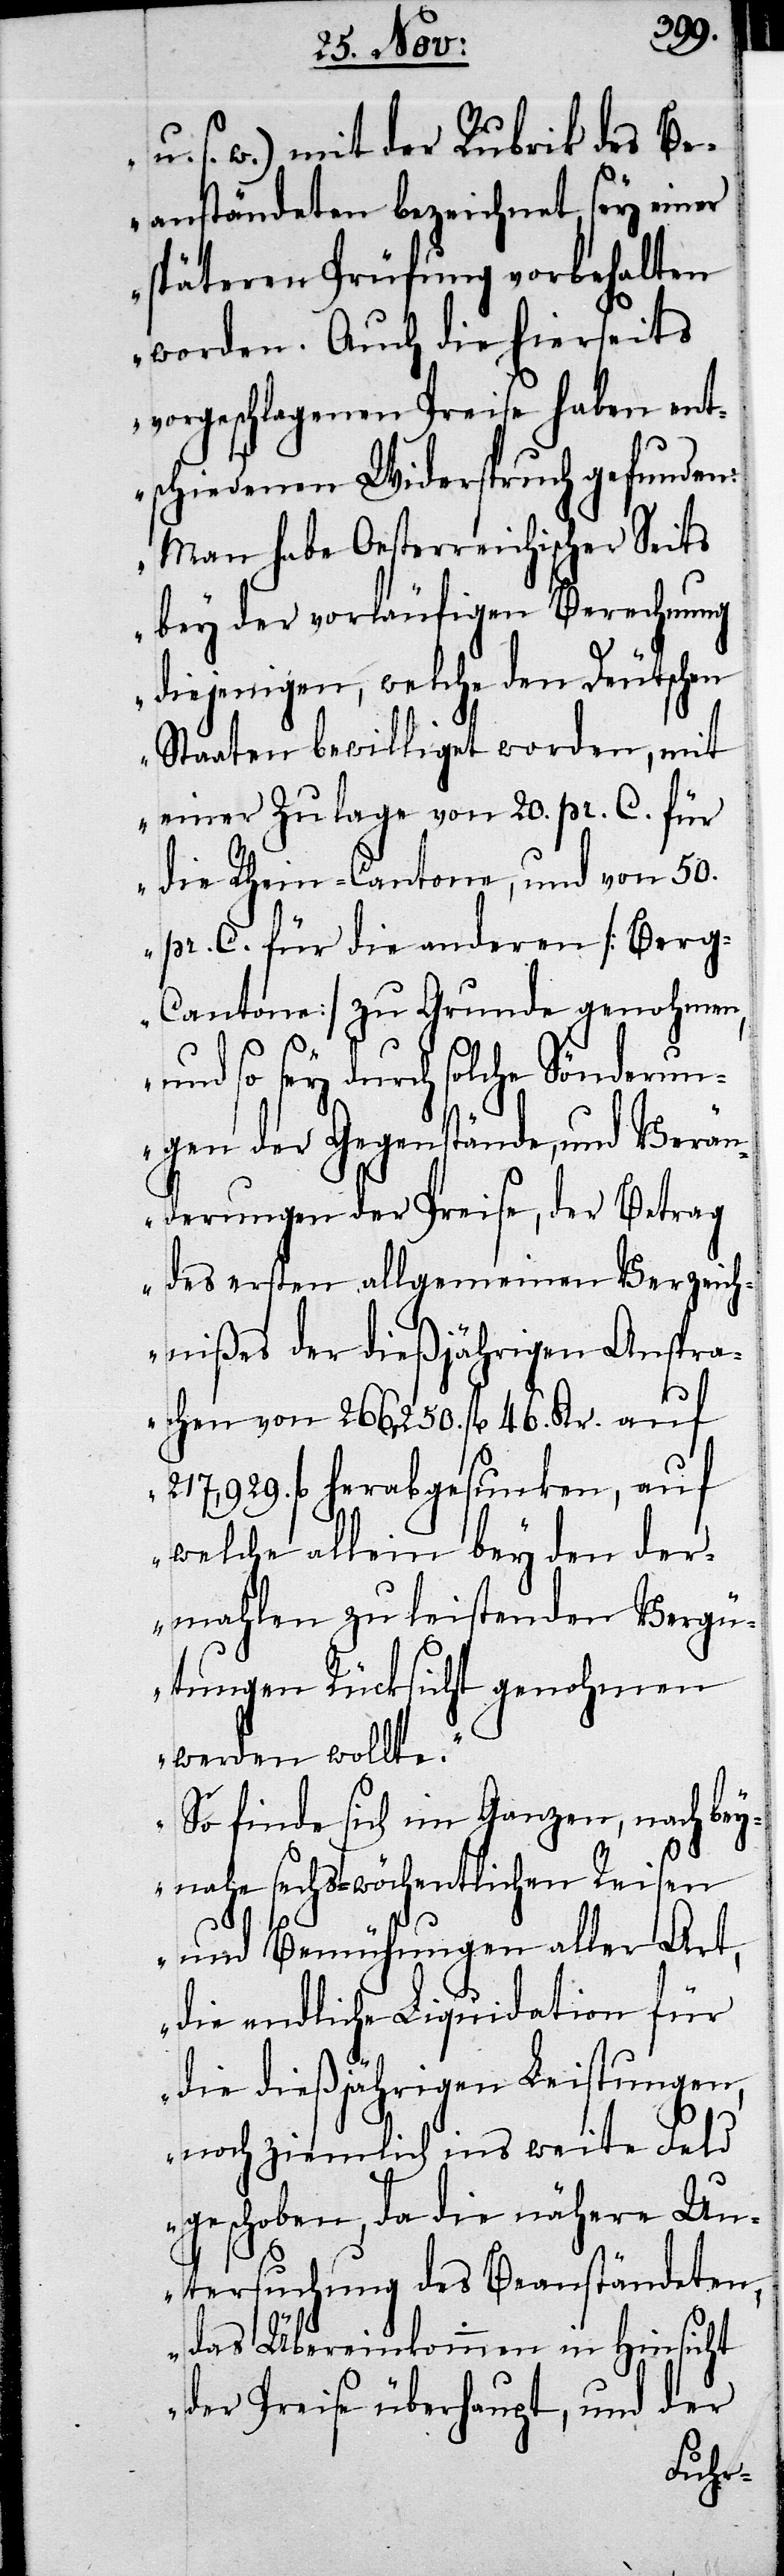
u. s. w.) mit der Rubrik des Be¬
anständeten bezeichnet, sey einer
späteren Prüfung vorbehalten
worden. Auch die hierseits
vorgeschlagenen Preise haben ent¬
schiedenen Widerspruch gefunden:
Man habe Oesterreichischer Seits
bey der vorläufigen Berechnung
diejenigen, welche den Deutschen
Staaten bewilliget worden, mit
einer Zulage von 20. pr. C. für
die Rhein-Cantone, und von 50.
pr. C. für die anderen (Ber¬
g-Cantone) zu Grunde genohmen,
und so sey durch solche Sönderun¬
gen der Gegenstände, und Verän¬
derungen der Preise, der Betrag
des ersten allgemeinen Verzeich¬
nißes der dießjährigen Anspra¬
chen von 266,250. fl. 46. Kr. auf
217,929. fl. herabgesunken, auf
welche allein bey den der¬
mahlen zu leistenden Vergü¬
tungen Rücksicht genohmen
werden wollte.
So finde sich im Ganzen, nach bey¬
nahe sechs-wöchentlichen Reisen
und Bemühungen aller Art,
die endliche Liquidation für
die dießjährigen Leistungen,
noch ziemlich in weite Feld
geschoben, da die nähere Un¬
tersuchung des Beanständeten,
das Übereinkommen in Hinsicht
der Preise überhaupt, und der